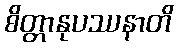
စိတ္တာနုပဿနာတိ